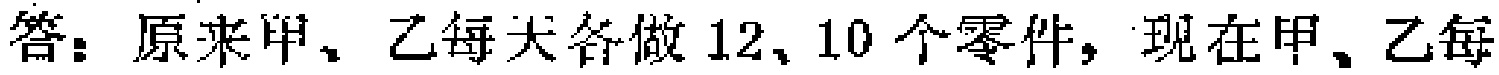
答：原来甲、乙每天各做$12$、$10$个零件，现在甲、乙每